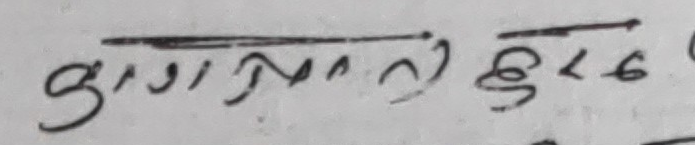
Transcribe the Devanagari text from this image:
गुराँमन्त छुट्ट २८